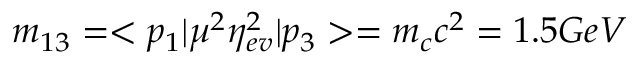
m _ { 1 3 } = < p _ { 1 } | \mu ^ { 2 } \eta _ { e v } ^ { 2 } | p _ { 3 } > = m _ { c } c ^ { 2 } = 1 . 5 G e V